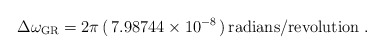
\begin{align*}\Delta\omega_\mathrm{GR}= 2\pi\,(\,7.98744\times 10^{-8}\,)\,\mathrm{radians/revolution}\;.\end{align*}